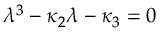
\lambda ^ { 3 } - \kappa _ { 2 } \lambda - \kappa _ { 3 } = 0